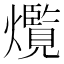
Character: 𤑸